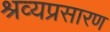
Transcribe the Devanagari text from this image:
श्रव्यप्रसारण